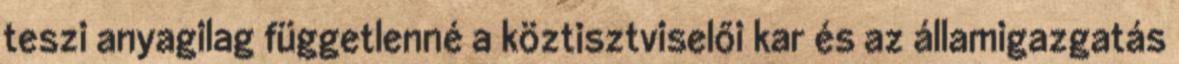
teszi anyagilag függetlenné a köztisztviselői kar és az államigazgatás